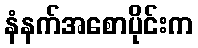
နံနက်အစောပိုင်းက